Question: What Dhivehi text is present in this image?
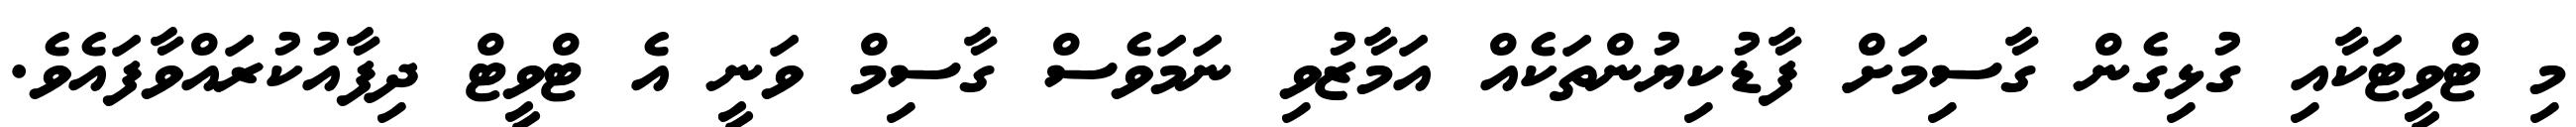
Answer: މި ޓްވީޓަކާއި ގުޅިގެން ގާސިމަށް ފާޑުކިޔުންތަކެއް އަމާޒުވި ނަމަވެސް ގާސިމް ވަނީ އެ ޓްވީޓް ދިފާއުކުރައްވާފައެވެ.